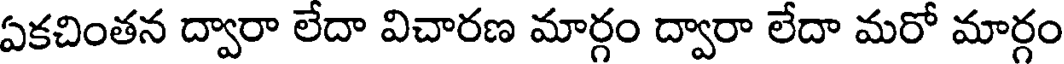
ఏకచింతన ద్వారా లేదా విచారణ మార్గం ద్వారా లేదా మరో మార్గం